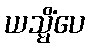
ယသ္မိံပေ